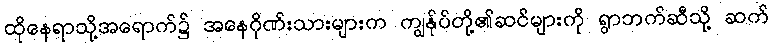
ထိုနေရာသို့အရောက်၌ အနေဂိုဏ်းသားများက ကျွန်ုပ်တို့၏ဆင်များကို ရွာဘက်ဆီသို့ ဆက်